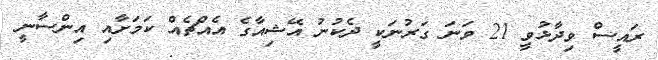
ރައީސް ވިދާޅުވީ 21 ވަނަ ގަރުނަކީ ދެކުނު އޭޝިއާގެ އެއްޗެއް ކަމަށާއި އިންސާނީ